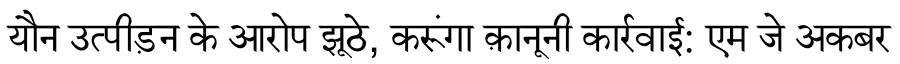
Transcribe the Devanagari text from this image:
यौन उत्पीड़न के आरोप झूठे, करूंगा क़ानूनी कार्रवाई: एम जे अकबर